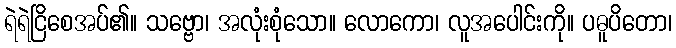
ရဲရဲငြိစေအပ်၏။ သဗ္ဗော၊ အလုံးစုံသော။ လောကော၊ လူအပေါင်းကို။ ပဓူပိတော၊